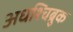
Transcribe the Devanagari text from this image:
अधश्चिब्रुक